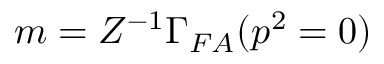
m = Z ^ { - 1 } \Gamma _ { F A } ( p ^ { 2 } = 0 )